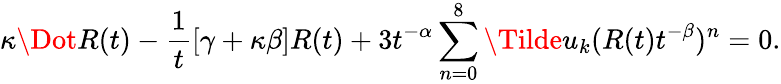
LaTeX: \kappa\Dot{R}(t)-\frac{1}{t}[\gamma+\kappa\beta]R(t)+3t^{-\alpha}\sum_{n=0}^{8}\Tilde{u}_{k}(R(t)t^{-\beta})^{n}=0.